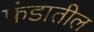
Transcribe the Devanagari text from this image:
फंडातील